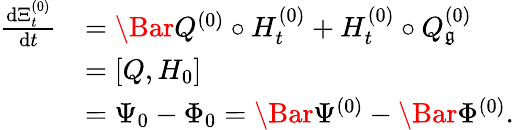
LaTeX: \begin{array}{rl}{\frac{\mathrm{d}\Xi_{t}^{(0)}}{\mathrm{d}t}}&{=\Bar{Q}^{(0)}\circ H_{t}^{(0)}+H_{t}^{(0)}\circ Q_{\mathfrak g}^{(0)}}\\ &{=[Q,H_{0}]}\\ &{=\Psi_{0}-\Phi_{0}=\Bar{\Psi}^{(0)}-\Bar{\Phi}^{(0)}.}\end{array}